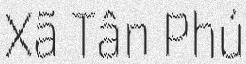
Xã Tân Phú